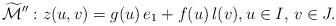
LaTeX: \begin{align*} \widetilde{\mathcal{M}}'': z(u,v) = g(u) \,e_1 + f(u)\, l(v), u \in I, \, v \in J.\end{align*}